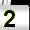
Digit: 2